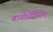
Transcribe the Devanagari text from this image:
बायोसेन्सिंग